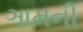
ઞામની